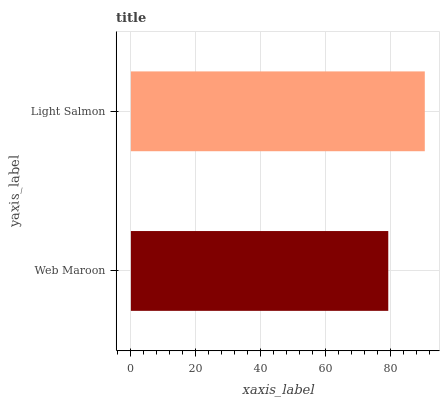
| yaxis_label | bars |
 | --- | --- |
 | Web Maroon | 79.4 |
 | Light Salmon | 90.7 |